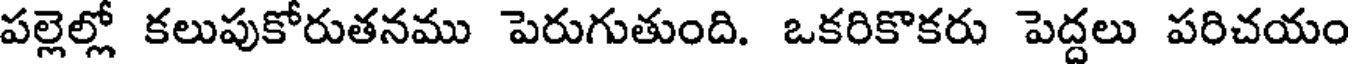
పల్లెల్లో కలుపుకోరుతనము పెరుగుతుంది. ఒకరికొకరు పెద్దలు పరిచయం